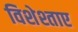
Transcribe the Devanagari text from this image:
विशेश्ताए